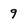
Character: 9